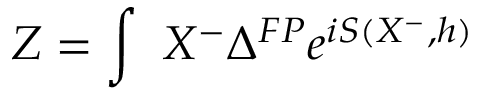
Z = \int \, \, \d h \d X ^ { - } \Delta ^ { F P } e ^ { i S ( X ^ { - } , h ) }